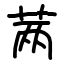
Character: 𬜯